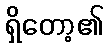
ရှိတော့၏